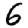
Digit: 6